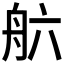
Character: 𮎄